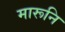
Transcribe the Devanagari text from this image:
मारूनि